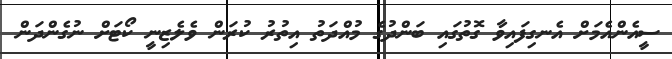
ސީއެންއެމަށް އެނގިފައިވާ ގޮތުގައި ބަންދުގެ މުއްދަތު އިތުރު ކުރަން ވެލެޒިނީ ކޯޓަށް ނުގެންދަން